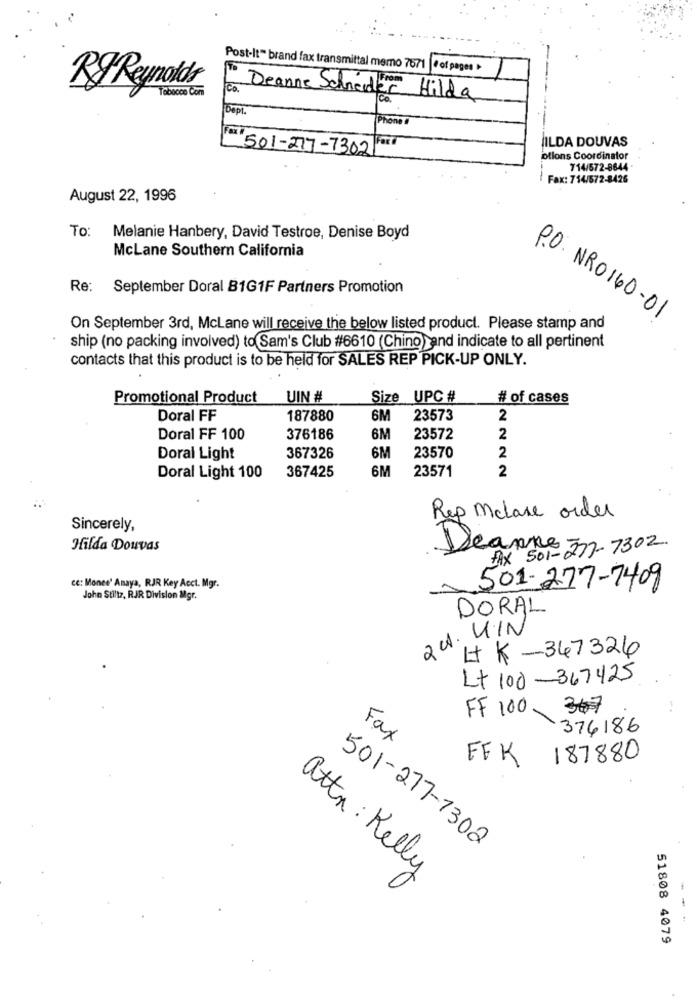
Post-It" brand fax transmittal memo 7671 | # of pages »
RI Reynolds®
Tobacco Com
co.
Deanne Schneider Hilda
Dept.
Phone
ILDA DOUVAS
501-277-7302
otions Coordinator
714/572-8644 -
Fax: 714/572-8426
August 22, 1996
To: Melanie Hanbery, David Testroe, Denise Boyd
McLane Southern California
Re: September Doral 81G1F Partners Promotion
P.O. NRO 160-01
On September 3rd, McLane will receive the below listed product. Please stamp and
ship (no packing involved) to Sam's Club #6610 (Chino)and indicate to all pertinent
contacts that this product is to be held for SALES REP PICK-UP ONLY.
Promotional Product
UIN #
Size
UPC #
# of cases
Doral FF
187880
6M
23573
2
Doral FF 100
376186
6M
23572
2
Doral Light
367326
6M
23570
2
367425
6M
23571
2
Doral Light 100
Rep Mclane order
Sincerely,
Hilda Douvas
Deanne 3 7302
FAX 501- 2.
cc: Monee' Anaya, RJR Key Acct. Mgr.
501-277-7409
John Stiltz, RJR Division Mgr.
DORAL
2 4. U.IN
L K -367326
Lt 100 -367425
3#7
FF 100
376186
Fax
FFK
187880
501-277-1302
attn : Kelly
--
51808 4079